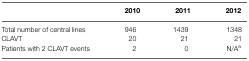
<table><thead><tr><td></td><td><b>2010</b></td><td><b>2011</b></td><td><b>2012</b></td></tr></thead><tbody><tr><td>Total number of central lines</td><td>946</td><td>1439</td><td>1348</td></tr><tr><td>CLAVT</td><td>20</td><td>21</td><td>21</td></tr><tr><td>Patients with 2 CLAVT events</td><td>2</td><td>0</td><td>N/A<sup>a</sup></td></tr></tbody></table>